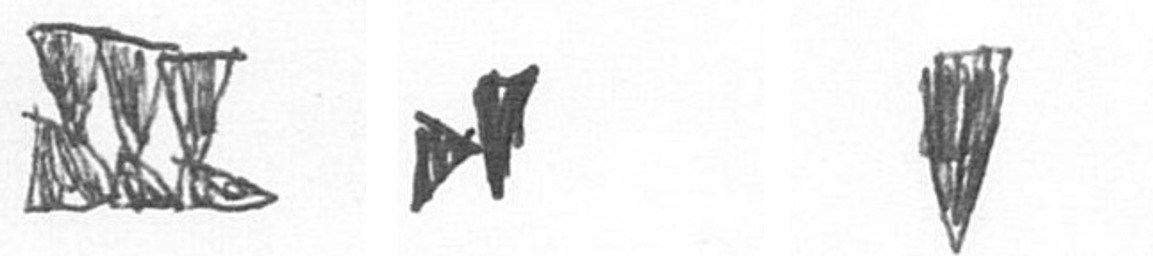
D M J